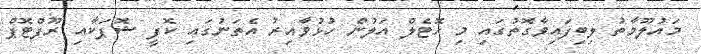
މައުލޫމާތު ލިބިފައިވާގޮތުގައި މި ހޮޓެލް އަލުން ހުޅުވާއިރު އެތަނުގައި ކޮފީ ޝޮޕަކާއި ރޫފްޓޮޕް